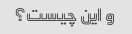
و این چیست؟